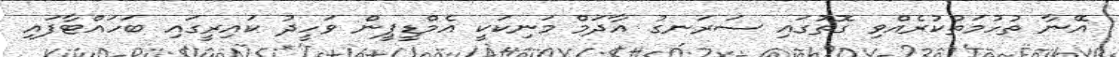
އޭނާ ތުހުމަތުކުރެއްވި ގޮތުގައި ސަރަނގު އާދަމް މަނިކަކީ އެމްޑީޕީން ވަހީދު ކައިރީގައި ބަހައްޓާފައި